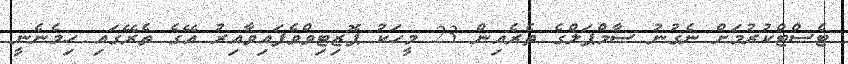
ޓެސްޓްކުރުމަށް ނެގުނު ސާމްޕަލްގެ ތެރެއިން 23 މީހަކު ޕޮޒިޓިވްވެފައިވާއިރު އޭގެ ތެރޭގައި ހިމެނެނީ